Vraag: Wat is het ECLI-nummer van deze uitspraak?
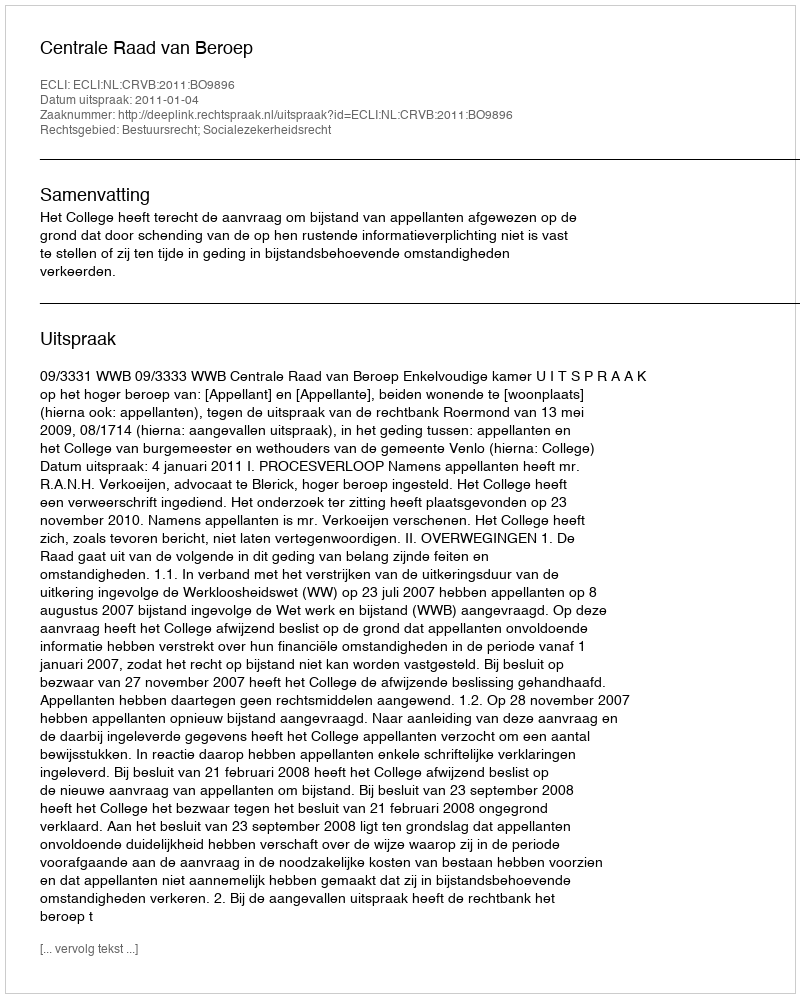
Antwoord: ECLI:NL:CRVB:2011:BO9896